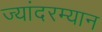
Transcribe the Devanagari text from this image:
ज्यांदरम्यान